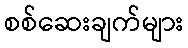
စစ်ဆေးချက်များ